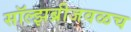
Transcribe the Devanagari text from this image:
सॉल्झब्रीजवळच